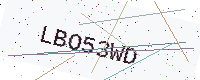
Text: LBO53WD